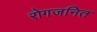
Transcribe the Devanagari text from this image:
रोगजनित